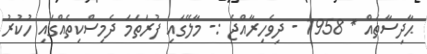
ޙާދިސާތައް * 1958 - ދިވެހިރާއްޖެ :- މާލޭގައި ފުރަތަމަ ދެމިސްކިތެއްގައި ހުކުރު